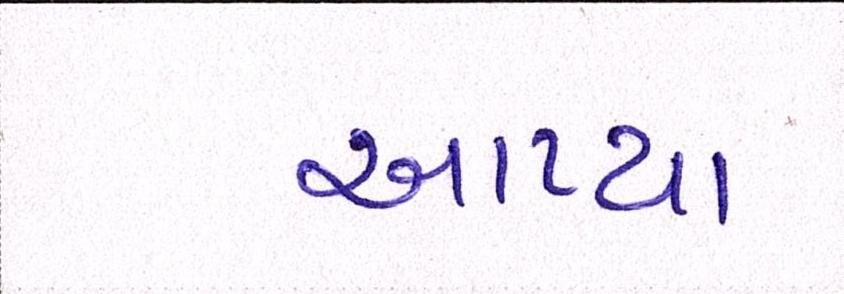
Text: આપ્યા